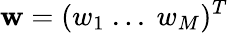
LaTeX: \textbf{w}=(w_{1}~...~w_{M})^{T}